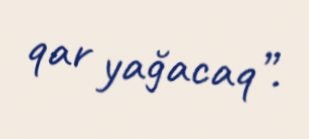
qar yağacaq”.